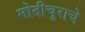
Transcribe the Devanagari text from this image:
मोतीचुराचे